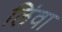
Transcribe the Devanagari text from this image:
लिंवा